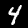
Label: 4